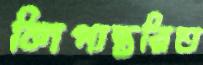
লিপ্যন্তরিত